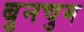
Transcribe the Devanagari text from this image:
बुनचुम